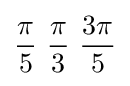
{\pi  \over 5}\ {\pi  \over 3}\ {3\pi  \over 5}